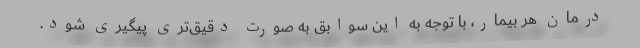
درمان هر بیمار، با توجه به این سوابق به صورت دقیق‌تری پیگیری شود.